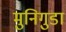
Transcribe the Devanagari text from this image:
मुनिगुडा